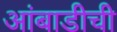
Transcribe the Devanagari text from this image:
आंबाडीची